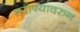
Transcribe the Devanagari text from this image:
तराफ्यावरुन